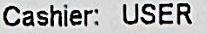
CASHIER: USER